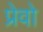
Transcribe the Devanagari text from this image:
प्रेवो